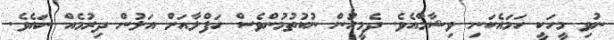
ނުވި މީހަކީ ހަމައެކަނި ވިޝާމްއެވެ. ދެމީހުން ނުކުތުމުންވެސް ހަފްލާއަށް އަލުން ދިރުމެއް ނައެވެ.